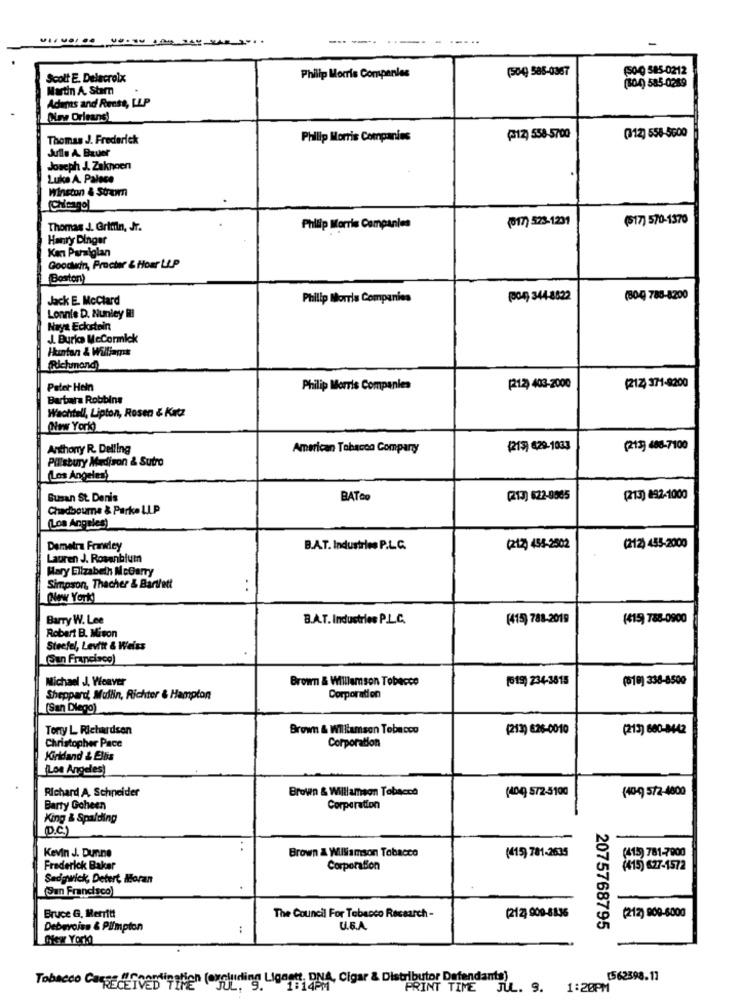
----. .
(504 585-0367
(50-0 585-0212
Scott E. Delacrolx
Philip Morris Companies
Martin A. Stam
(504) 585-0289
Adams and Rense, LLP
Olav Orleans
Thomas J. Frederick
Philip Morris Companies
(12) 558-5700
(112) 558-5600
Julle A. Bauer
Joseph J. Zaknoen
Luka A. Palace
Winston & Strewn
(017) 523-1231
(517) 570-1370
Thomas J. Griffin, Jr.
Phillip Morris Companies
Hanry Dinger
Kan Paralglan
Goodwin, Procter & Hour LLP
Boston)
Jack E. McClard
Philip Morris Companies
(04) 344-8822
(80) 788-8200
Lonnie D. Nunley HI
Nays Eckstein
J. Burio McCormick
Huntan & Williams
(Richmond
Palet Hein
Philip Morris Companies
[212) 403-2000
(217) 371-8200
Barbara Robbins
Wachtall, Lipton, Rosen & Katz
(New York)
Anthony R. Delling
American Tobacco Comparay
(213) 629-1033
(21) 488-7100
Pillsbury Madison & Sutro
(Los Angeles)
Susan St. Denis
BATCo
(213) 622-9535
(213) 892-1000
Chadbourne & Parke LLP
(Los Angeles)
Demetra Frawley
B.A.T. Industries P.L.C.
(212) 454-2502
(212) 455-2000
Lauren J. Rosenblum
Mary Elizabeth McGarry
Simpson, Thecher & Bartlett
(New York)
Barry W. Lee
B.A.T. Industries P.L.C.
(415) 781-2019
(415) 788-0900
Robert B. Mison
Steefel, Levitt & Weiss
San Francisco
Michael J. Weaver
Brown & Williamson Tobacco
(619) 234-3815
(518) 338-8500
Sheppard, Mullin, Richter & Hampton
Corporation
(San Diego)
Tony L Richardson
Brown & Wiliamson Tobacco
(213) 6:26-0010
(213) 680-8442
Christopher Pace
Corporation
Kindand & Ellis
(Los Angeles)
Richard A. Schneider
Brown & Williamson Tobacco
(40) 572-5100
(40) 572-4800
Barty Goheen
Corporation
King & Spalding
D.C.)
Kevin J. Dunne
..
Brown & Williamson Tobacco
(415) 781-2635
(415) 781-7900
Frederick Baker
Corporation
(415) 627-1572
Sedgwick, Detert, Moran
(San Francisco)
Bruce G, Rerritt
The Council For Tobacco Recearch -
(212) 909-8836
(212) 909-6000
Debwvoiss & Plimpton
:
U.S.A.
2075768795
Tobacco Casse #Goesliestion (excluding Lignett, DNA, Cigar & Distributor Defendants)
[562398.17
PRINT TIME JUL. 9. 1:20PM